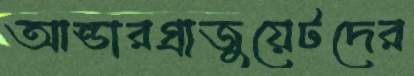
আন্ডারগ্রাজুয়েটদের